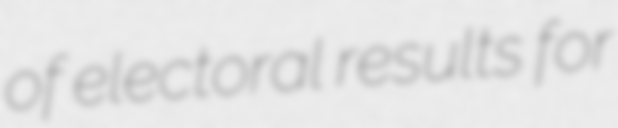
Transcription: of electoral results for